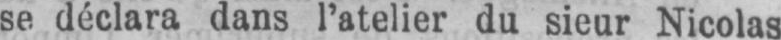
se déclara dans l’atelier du sieur Nicolas